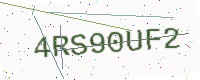
Text: 4RS90UF2